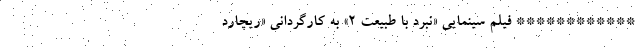
************ فیلم سینمایی «نبرد با طبیعت ۲» به کارگردانی «ریچارد